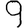
Digit: 9